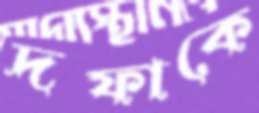
দফাকে